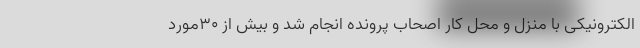
الکترونیکی با منزل و محل کار اصحاب پرونده انجام شد و بیش از ۳۰مورد